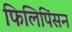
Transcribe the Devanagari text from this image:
फिलिपिंसन